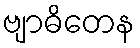
ဗျာဓိတေန